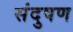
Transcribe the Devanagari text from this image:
संदुषण